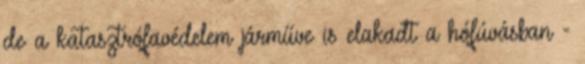
de a katasztrófavédelem járműve is elakadt a hófúvásban -